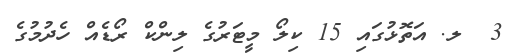
3  ލ. އަތޮޅުގައި 15 ކިލޯ މީޓަރުގެ ލިންކް ރޯޑެއް ހެދުމުގެ